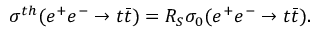
\sigma ^ { t h } ( e ^ { + } e ^ { - } \rightarrow t \bar { t } ) = R _ { S } \sigma _ { 0 } ( e ^ { + } e ^ { - } \rightarrow t \bar { t } ) .